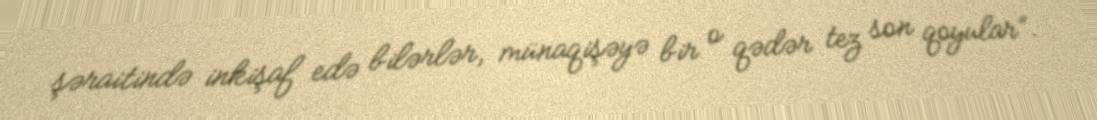
şəraitində inkişaf edə bilərlər, münaqişəyə bir o qədər tez son qoyular”.